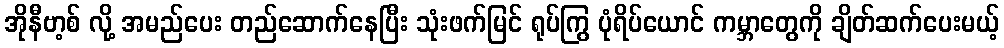
အိုနီဗာ့စ် လို့ အမည်ပေး တည်ဆောက်နေပြီး သုံးဖက်မြင် ရုပ်ကြွ ပုံရိပ်ယောင် ကမ္ဘာတွေကို ချိတ်ဆက်ပေးမယ့်